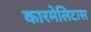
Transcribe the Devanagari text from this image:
कारमेलिटास